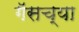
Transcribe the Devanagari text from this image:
गॅसच्या